Indian journal of veterinary science and animal husbandry - Volumes 15-17, 1948-1951
Year: 1948
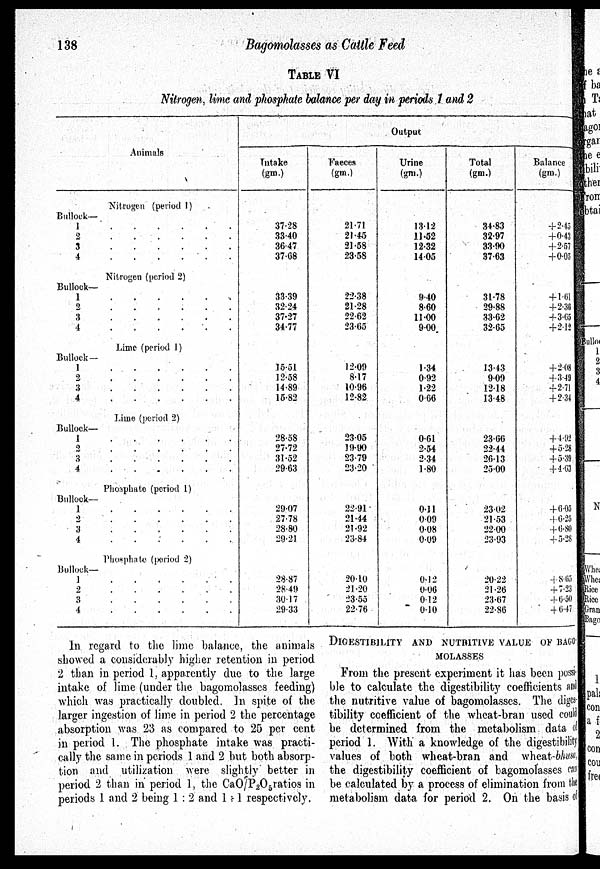
138
Bagomolasses as Cattle Feed
TABLE VI
Nitrogen, lime and phosphate balance per day in periods 1 and 2
Animals
Nitrogen (period 1)
Bullock—
1
.
.
.
.
.
.
2
.
.
.
.
.
.
3 . . . . . .
4
.
.
.
.
.
.
Nitrogen (period 2)
Bullock—
1
.
.
.
.
.
.
2
.
.
.
.
.
.
3 . . . . . .
4
.
.
.
.
.
.
Lime (period 1)
Bullock —
1
.
.
.
.
.
.
2
.
.
.
.
.
.
3 . . . . . .
4
.
.
.
.
.
.
Lime (period 2)
Bullock—
1
.
.
.
.
.
.
2
.
.
.
.
.
.
3 . . . . . .
4
.
.
.
.
.
.
Phosphate (period 1)
Bullock—
1 . . . . . .
2 . . . . . .
3 . . . . . .
4 . . . . . .
Phosphate (period 2)
Bullock—
1
.
.
.
.
. .
2 . . . . . .
3 . . . . . .
4 . . . . . .
Output
Intake
(gm.)
37.28
33.40
36.47
37.68
33.39
32.24
37.27
34.77
15.51
12.58
14.89
15.82
28.58
27.72
31.52
29.63
29.07
27.78
28.80
29.21
28.87
28.49
30.17
29.33
Faeces
(gm.)
21.71
21.45
21.58
23.58
22.38
21.28
22.62
23.65
12.09
8.17
10.96
12.82
23.05
19.90
23.79
23.20
22.91
21.44
21.92
23.84
20.10
21.20
23.55
22.76
Urine
(gm.)
13.12
11.62
12.32
14.05
9.40
8.60
11.00
9.00
1.34
0.92
1.22
0.66
0.61
2.54
2.34
1.80
0.11
0.09
0.08
0.09
0.12
0.06
0.12
0.10
Total
(gm.)
34.83
32.97
33.90
37.63
31.78
29.88
33.62
32.65
13.43
9.09
12.18
13.48
23.66
22.44
26.13
25.00
23.02
21.53
22.00
23.93
20.22
21.26
23.67
22.86
Balance
(gm.)
+2.45
+0.43
+2.57
+0.05
+1.61
+2.36
+3.65
+2.12
+2.08
+3.49
+2.71
+2.34
+4.92
+5.28
+5.39
+4.63
+6.05
+6.25
+6.80
+5.28
+8.65
+7.23
+6.50
+6.47
In regard to the lime balance, the animals
showed a considerably higher retention in period
2 than in period 1, apparently due to the large
intake of lime (under the bagomolasses feeding)
which was practically doubled. In spite of the
larger ingestion of lime in period 2 the percentage
absorption was 23 as compared to 25 per cent
in period 1. The phosphate intake was practi-
cally the same in periods 1 and 2 but both absorp-
tion and utilization were slightly better in
period 2 than in period 1, the CaO/P 2 O 5 ratios in
periods 1 and 2 being 1:2 and 1:1 respectively.
DIGESTIBILITY AND NUTRITIVE VALUE OF BAGO-
--------
From the present experiment it has been possi-
ble to calculate the digestibility coefficients and
the nutritive value of bagomolasses. The diges
tibility coefficient of the wheat-bran used could
be determined from the metabolism data of
period 1. With a knowledge of the digestibility
values of both wheat-bran and wheat-bhusa
the digestibility coefficient of bagomolasses can
be calculated by a process of elimination from t he
metabolism data for period 2. On the basis of